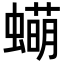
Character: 𬠫